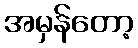
အမှန်တော့